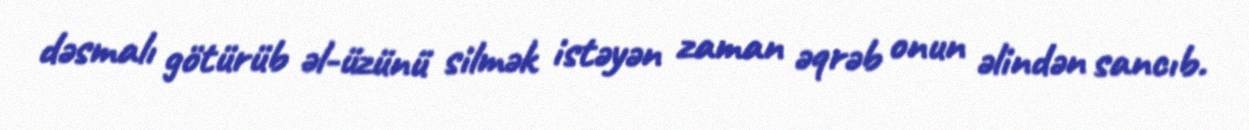
dəsmalı götürüb əl-üzünü silmək istəyən zaman əqrəb onun əlindən sancıb.